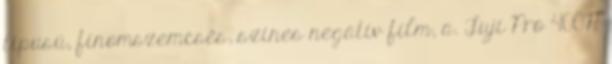
típusú, finomszemcsés, színes negatív film, a. Fuji Pro 400H